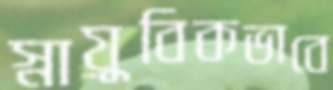
স্নায়ুবিকভাবে